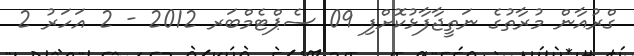
ގްރުއާން މުރާތުގެ ނަތީޖާފާޅުކޮށްފި 09 ސެޕްޓެމްބަރ 2012 - 2 އަހަރު 2